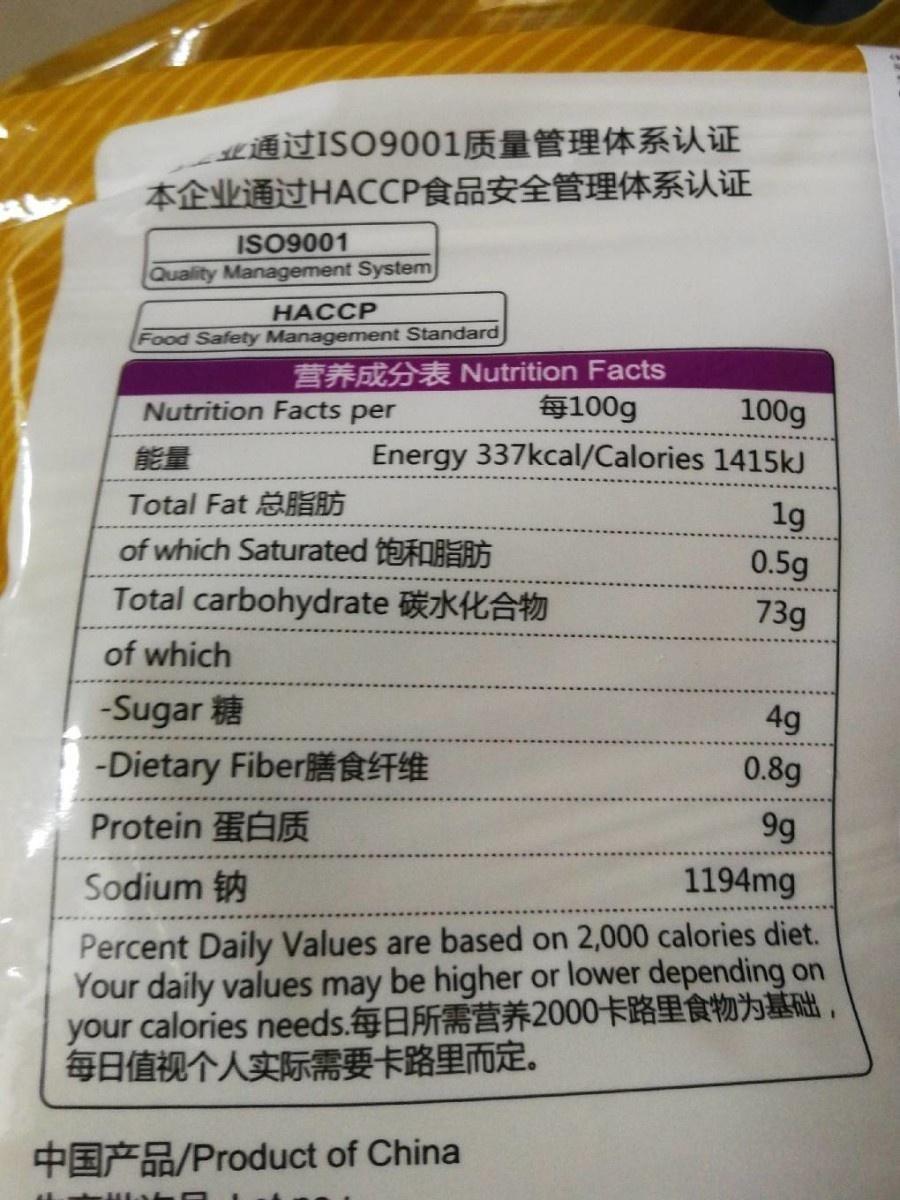
业通过ISO9001质量管理体系认证 本企业通过HACCP食品安全管理体系认证
ISO9001
Quality Management System
НАССР
Food Safety Management Standard
Nutrition Facts 每100g
100g Energy 337kcal/Calories 1415kJ
Nutrition Facts per
能量
Total Fat of which Saturated t E
1g
0.5g
Total carbohydrate kŁA
73g
of which
-Sugar
4g
-Dietary FiberLT
0.8g
Protein 蛋白质
9g
Sodium
1194mg
Percent Daily Values are based on 2,000 calories diet. Your daily values may be higher or lower depending on your calories needs.每日所需营养2000卡路里食物为基础, 每日值视个人实际需要卡路里而定。
+E*R/Product of China